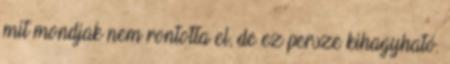
mit mondjak nem rontotta el, de ez persze kihagyható.